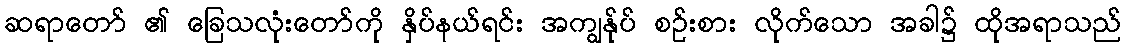
ဆရာတော် ၏ ခြေသလုံးတော်ကို နှိပ်နယ်ရင်း အကျွန်ုပ် စဉ်းစား လိုက်သော အခါ၌ ထိုအရာသည်